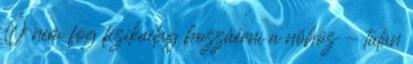
Ő nem fog fizikailag hozzáérni a nőhöz - talán